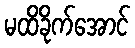
မထိခိုက်အောင်